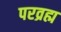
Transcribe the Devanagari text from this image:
परव्रह्म